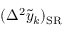
( \Delta ^ { 2 } \tilde { y } _ { k } ) _ { \mathrm { S R } }